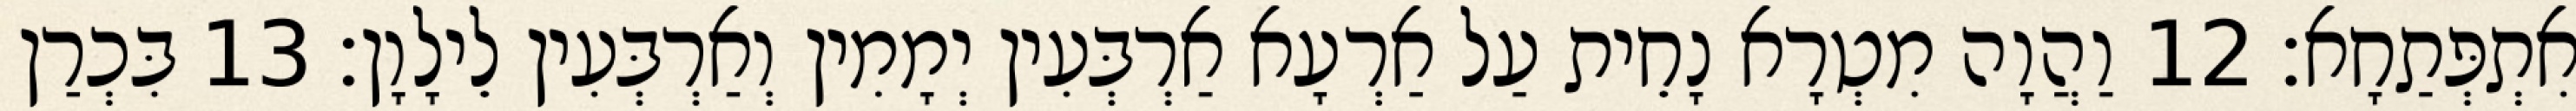
אִתְפְּתַחָא׃ 12 וַהֲוָה מִטְרָא נָחֵית עַל אַרְעָא אַרְבְּעִין יְמָמִין וְאַרְבְּעִין לֵילָוָן׃ 13 בִּכְרַן